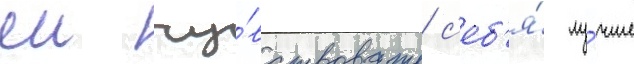
еи чу́вствовать с'еб'я́ лу́чше